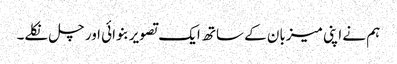
ہم نے اپنی میزبان کے ساتھ ایک تصویر بنوائی اور چل نکلے۔